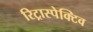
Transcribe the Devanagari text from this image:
रिट्रास्पेक्टिव